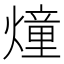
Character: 燑